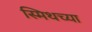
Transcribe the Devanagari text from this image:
स्मिथच्या